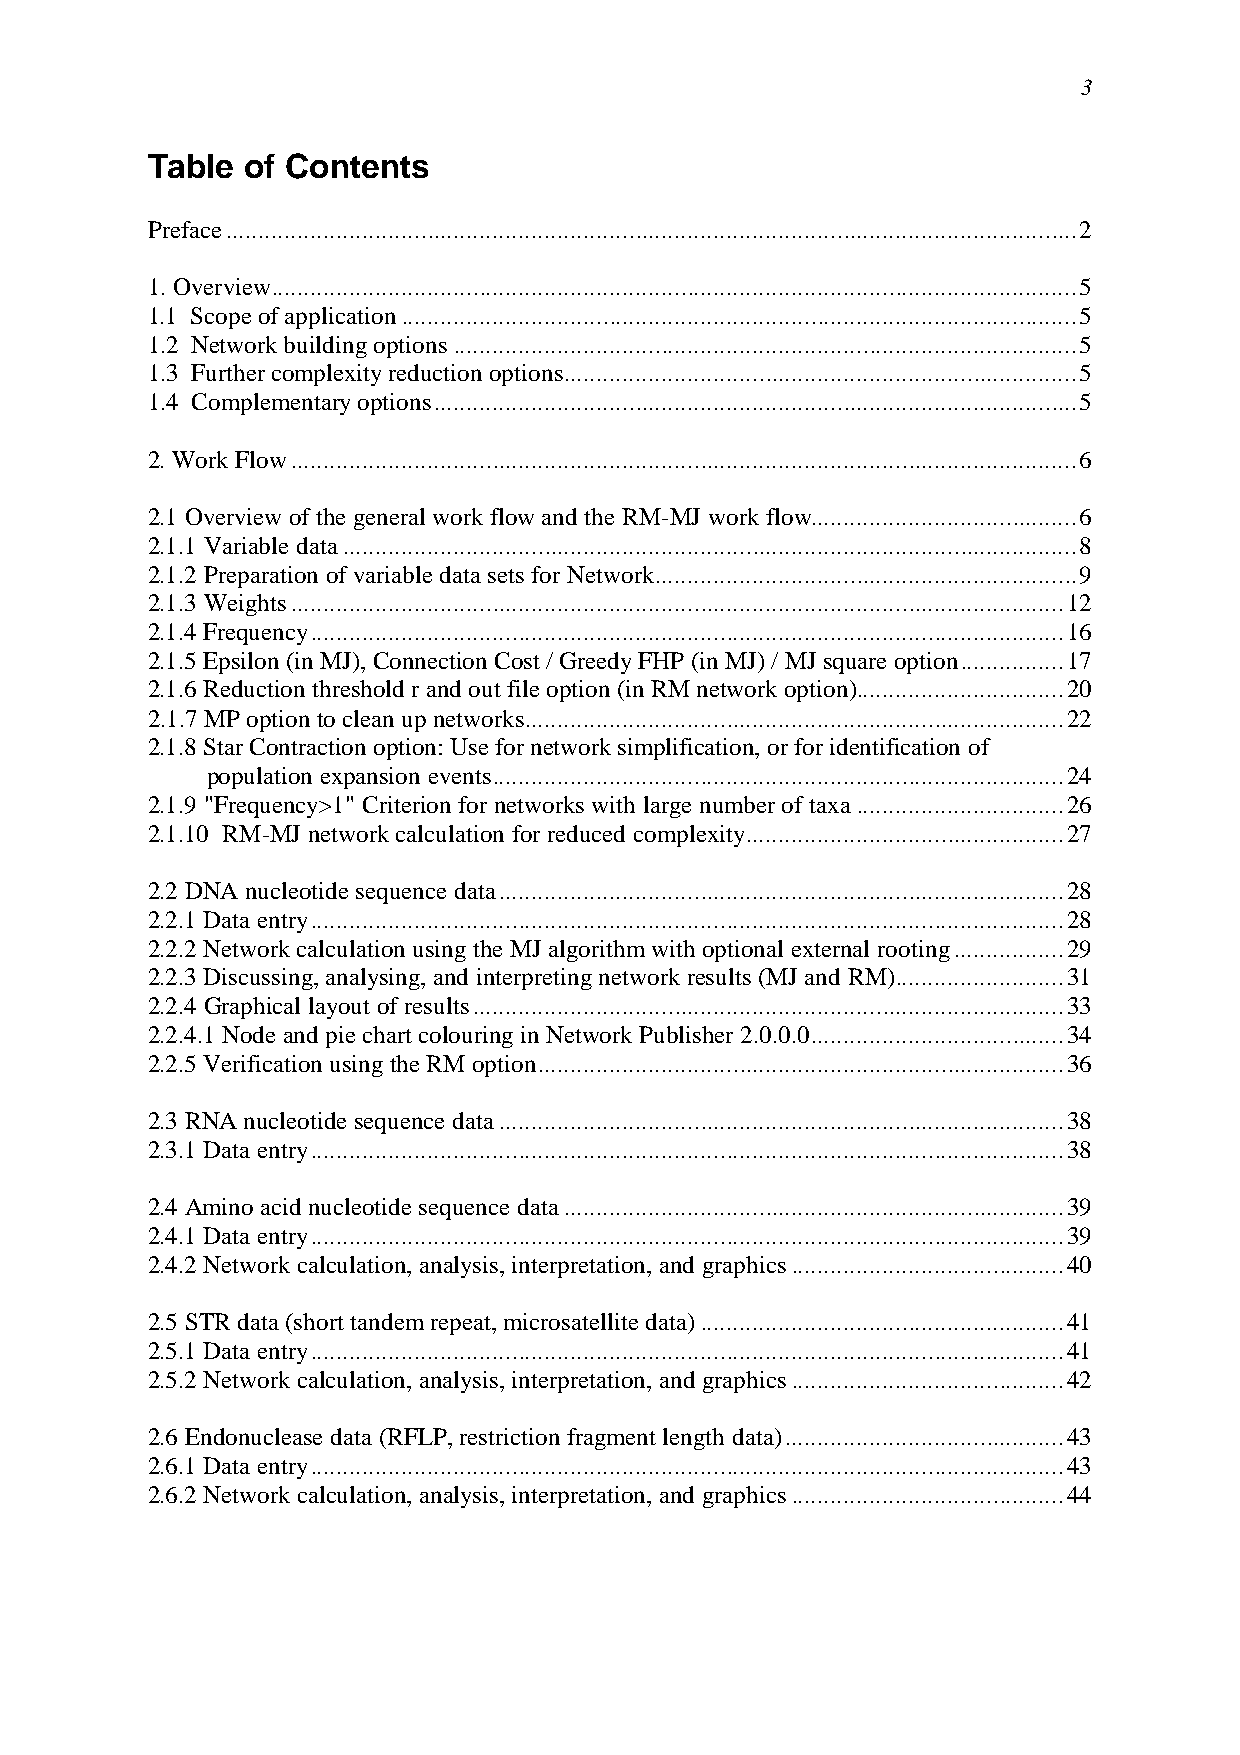
3
 Table of Contents
 Preface ...................................................................................................................................2
 1. Overview............................................................................................................................5
 1.1 Scope of application ........................................................................................................5
 1.2 Network building options ................................................................................................5
 1.3 Further complexity reduction options...............................................................................5
 1.4 Complementary options...................................................................................................5
 2. Work Flow.........................................................................................................................6
 2.1 Overview of the general work flow and the RM-MJ work flow.........................................6
 2.1.1 Variable data .................................................................................................................8
 2.1.2 Preparation of variable data sets for Network.................................................................9
 2.1.3 Weights.......................................................................................................................12
 2.1.4 Frequency....................................................................................................................16
 2.1.5 Epsilon (in MJ), Connection Cost / Greedy FHP (in MJ) / MJ square option................17
 2.1.6 Reduction threshold r and out file option (in RM network option)................................20
 2.1.7 MP option to clean up networks...................................................................................22
 2.1.8 Star Contraction option: Use for network simplification, or for identification of
 population expansion events........................................................................................24
 2.1.9 "Frequency>1" Criterion for networks with large number of taxa................................26
 2.1.10 RM-MJ network calculation for reduced complexity.................................................27
 2.2 DNA nucleotide sequence data.......................................................................................28
 2.2.1 Data entry....................................................................................................................28
 2.2.2 Network calculation using the MJ algorithm with optional external rooting.................29
 2.2.3 Discussing, analysing, and interpreting network results (MJ and RM)..........................31
 2.2.4 Graphical layout of results...........................................................................................33
 2.2.4.1 Node and pie chart colouring in Network Publisher 2.0.0.0.......................................34
 2.2.5 Verification using the RM option.................................................................................36
 2.3 RNA nucleotide sequence data.......................................................................................38
 2.3.1 Data entry....................................................................................................................38
 2.4 Amino acid nucleotide sequence data.............................................................................39
 2.4.1 Data entry....................................................................................................................39
 2.4.2 Network calculation, analysis, interpretation, and graphics..........................................40
 2.5 STR data (short tandem repeat, microsatellite data)........................................................41
 2.5.1 Data entry....................................................................................................................41
 2.5.2 Network calculation, analysis, interpretation, and graphics..........................................42
 2.6 Endonuclease data (RFLP, restriction fragment length data)...........................................43
 2.6.1 Data entry....................................................................................................................43
 2.6.2 Network calculation, analysis, interpretation, and graphics..........................................44